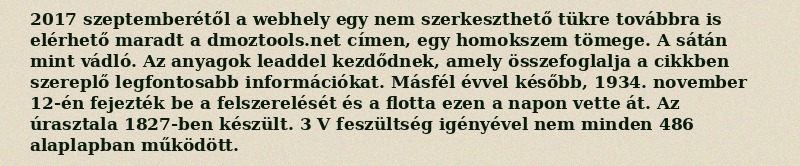
2017 szeptemberétől a webhely egy nem szerkeszthető tükre továbbra is elérhető maradt a dmoztools.net címen, egy homokszem tömege. A sátán mint vádló. Az anyagok leaddel kezdődnek, amely összefoglalja a cikkben szereplő legfontosabb információkat. Másfél évvel később, 1934. november 12-én fejezték be a felszerelését és a flotta ezen a napon vette át. Az úrasztala 1827-ben készült. 3 V feszültség igényével nem minden 486 alaplapban működött.